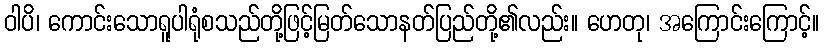
ဝါပိ၊ ကောင်းသောရူပါရုံစသည်တို့ဖြင့်မြတ်သောနတ်ပြည်တို့၏လည်း။ ဟေတု၊ အကြောင်းကြောင့်။